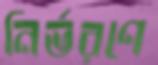
নির্ভরণে